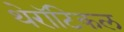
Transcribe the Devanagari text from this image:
थेरॉटिकल